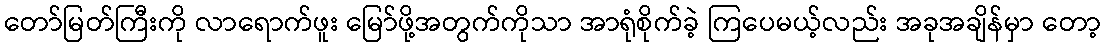
တော်မြတ်ကြီးကို လာရောက်ဖူး မြော်ဖို့အတွက်ကိုသာ အာရုံစိုက်ခဲ့ ကြပေမယ့်လည်း အခုအချိန်မှာ တော့